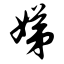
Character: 娣